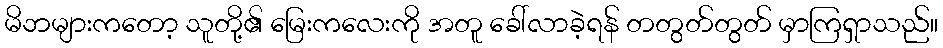
မိဘများကတော့ သူတို့၏ မြေးကလေးကို အတူ ခေါ်လာခဲ့ရန် တတွတ်တွတ် မှာကြရှာသည်။